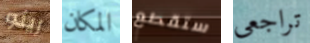
رينو المكان ستقطع تراجعى